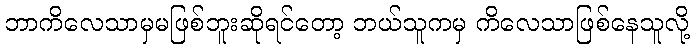
ဘာကိလေသာမှမဖြစ်ဘူးဆိုရင်တော့ ဘယ်သူကမှ ကိလေသာဖြစ်နေသူလို့